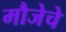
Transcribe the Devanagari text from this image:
मौजेचे